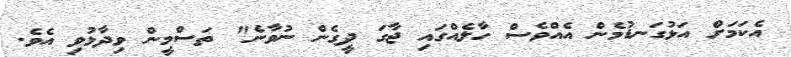
އެކަމަށް އަޅުގަނޑުމެން އެއްވެސް ހާލެއްގައި ޖާގަ ދީގެން ނުވާނެ" ތަސްމީން ވިދާޅުވި އެވެ.